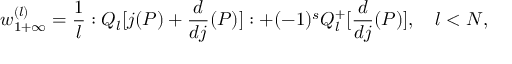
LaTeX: w _ { 1 + \infty } ^ { ( l ) } = \frac { 1 } { l } : Q _ { l } [ j ( P ) + \frac { d } { d j } ( P ) ] : + ( - 1 ) ^ { s } Q _ { l } ^ { + } [ \frac { d } { d j } ( P ) ] , \quad l < N ,